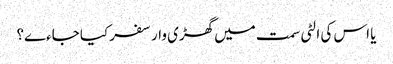
یا اس کی الٹی سمت میں گھڑی وار سفر کیا جاءے؟